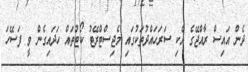
ދެން އައިސް ރާއްޖޭގެ އެކި ސަރަހައްދުތަކުގައި މެޖިސްޓްރޭޓު ކޯޓުތައް ހަދައިގެން ވީ ފަސޭހަ